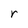
Character: r